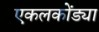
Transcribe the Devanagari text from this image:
एकलकोंड्या